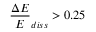
\frac { \Delta E } { E } _ { d i s s } > 0 . 2 5